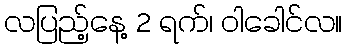
လပြည့်နေ့ 2 ရက်၊ ဝါခေါင်လ။